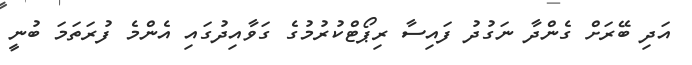
އަދި ބޭރަށް ގެންދާ ނަގުދު ފައިސާ ރިޕޯޓްކުރުމުގެ ގަވާއިދުގައި އެންމެ ފުރަތަމަ ބުނީ